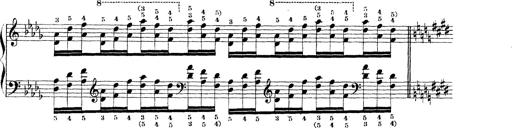
Title: Technische Studien
Composer: Franz Liszt